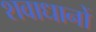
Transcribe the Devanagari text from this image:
शवाधानों